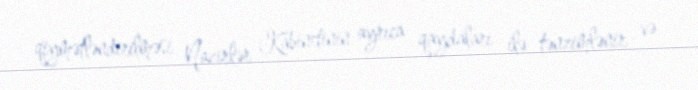
qiymətləndirilməsi Nazirlər Kabinetinin ayrıca qaydaları ilə tənzimlənir və